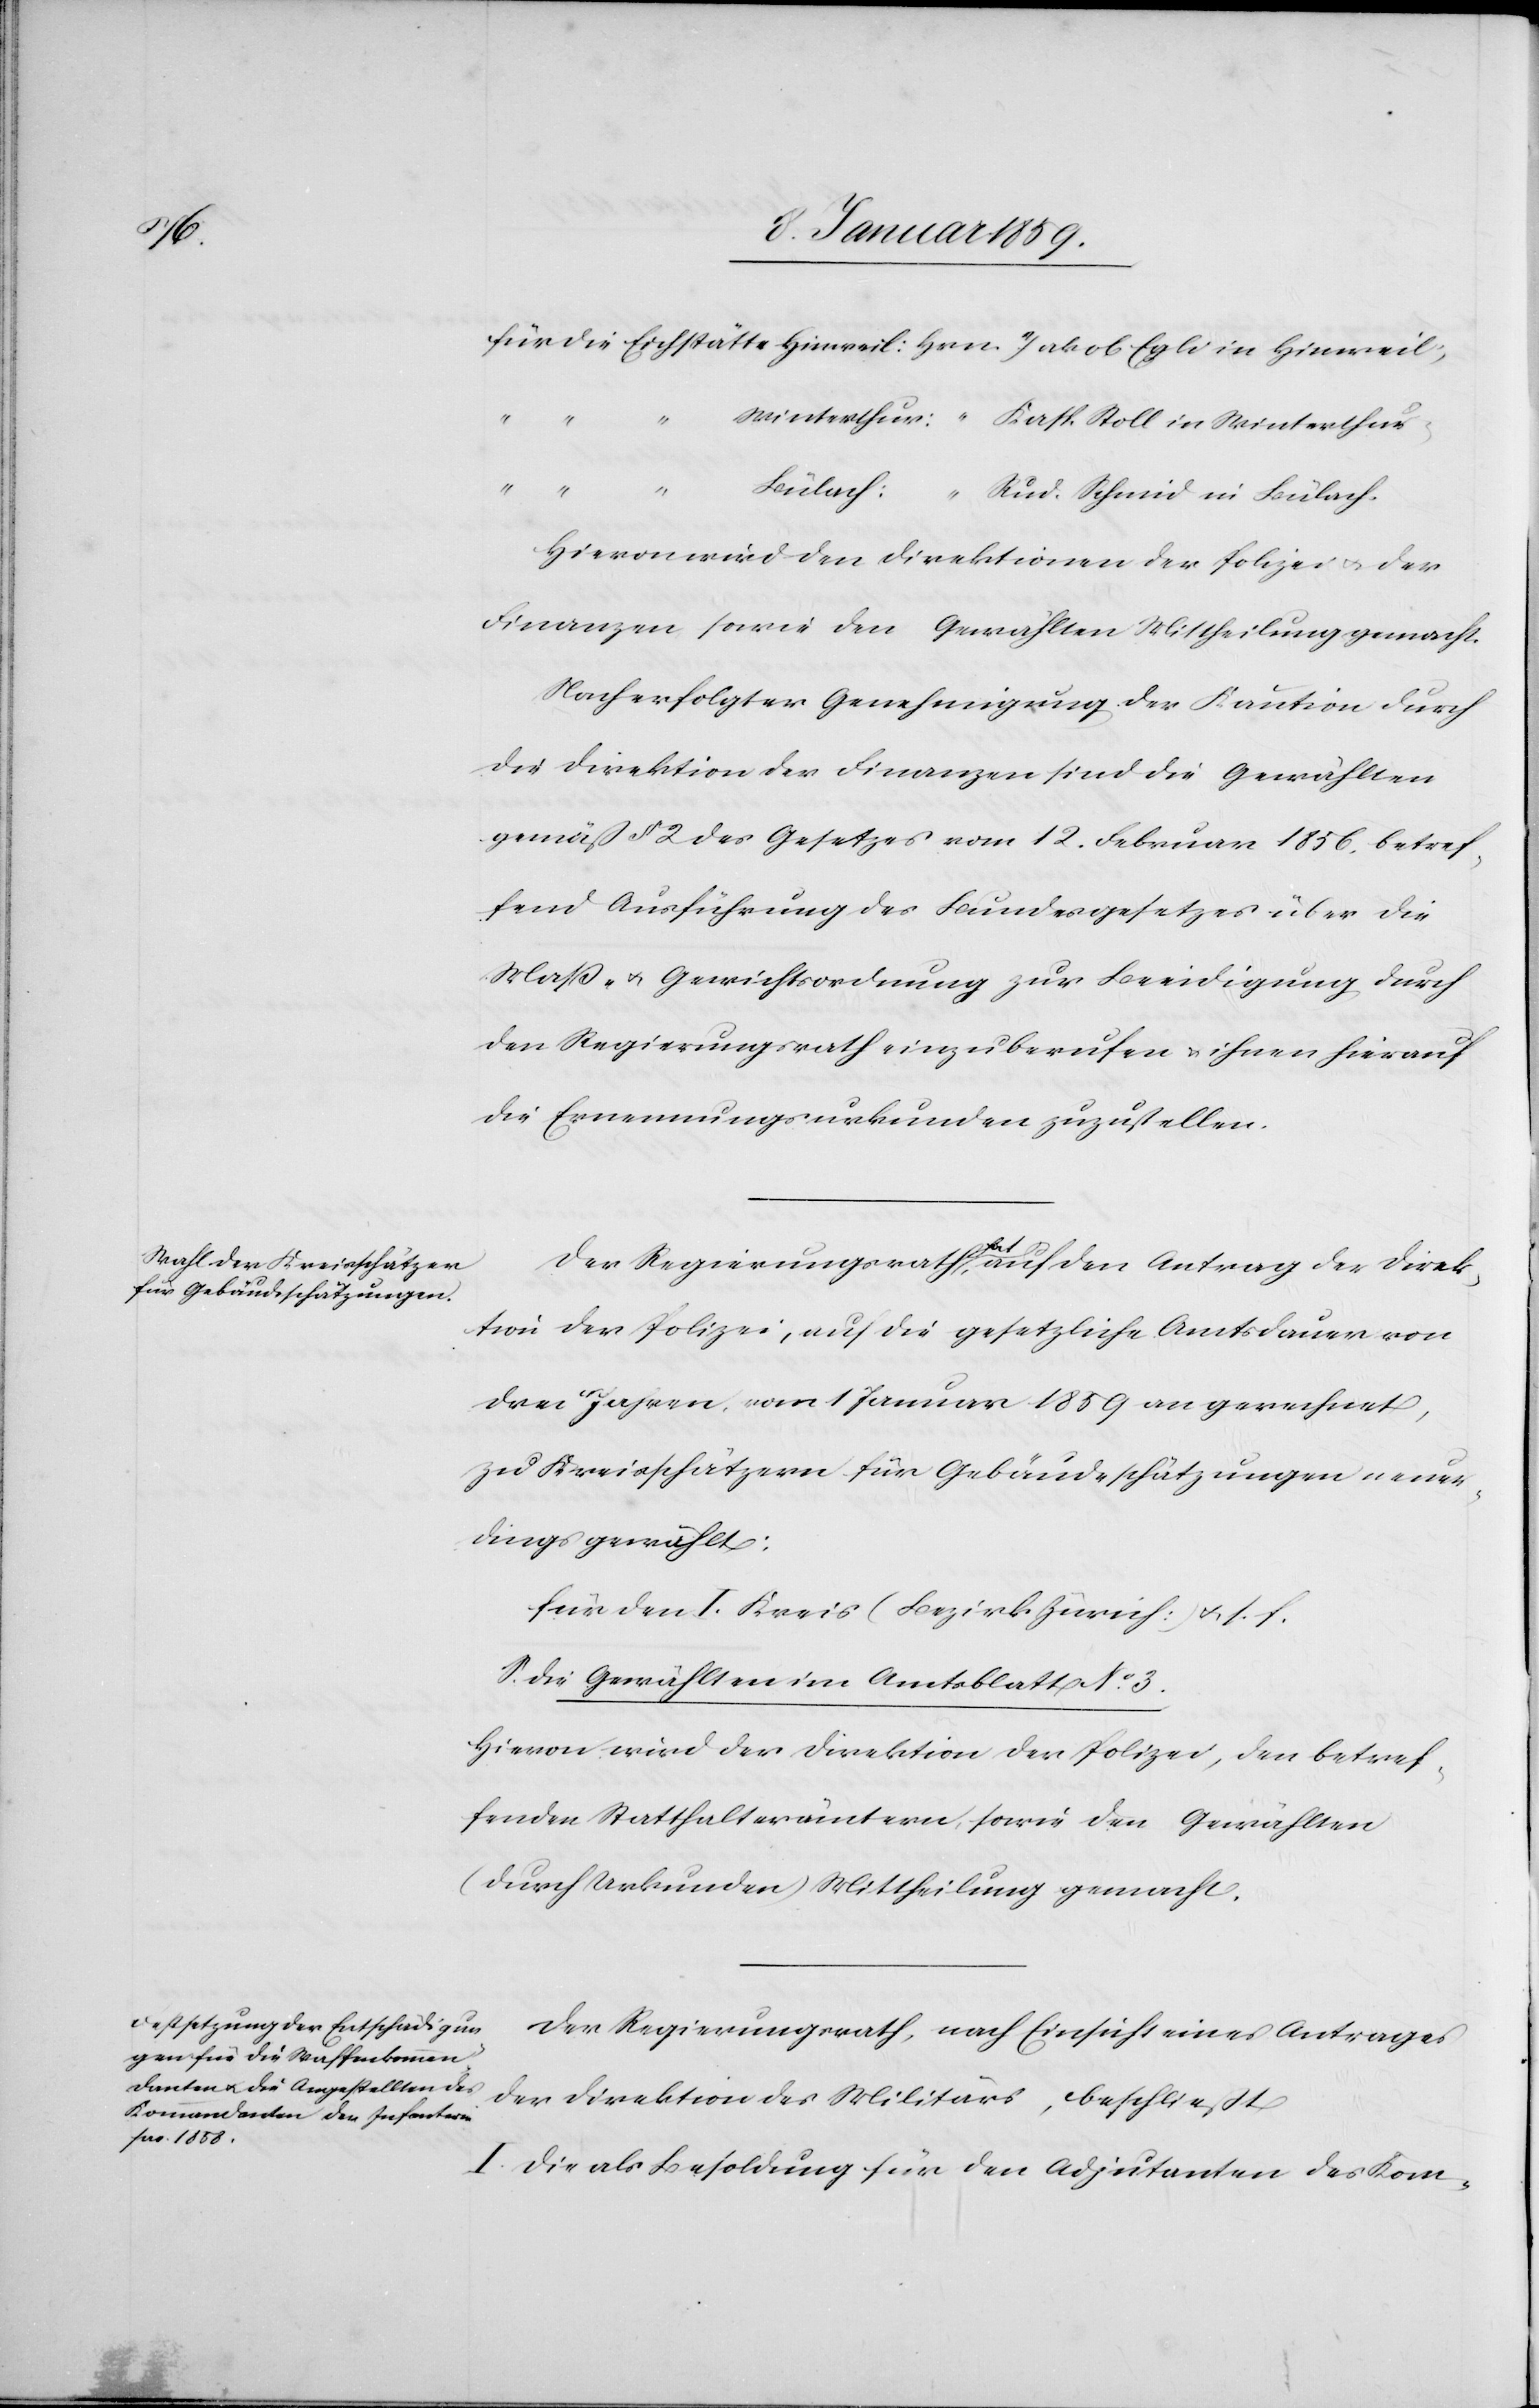
Rud.
Hievon wird den Direktionen der Polizei u. der
Finanzen sowie den Gewählten Mittheilung gemacht.
Nach erfolgter Genehmigung der Kaution durch
die Direktion der Finanzen sind die Gewählten
gemäß § 2 des Gesetzes vom 12. Februar 1856, betref¬
fend Ausführung des Bundesgesetzes über die
Maß- u. Gewichtsordnung zur Beeidigung durch
den Regierungsrath einzuberufen u. ihnen hierauf
die Ernennungsurkunden zuzustellen.
Der Regierungsrath hat auf den Antrag der Direk¬
tion der Polizei, auf die gesetzliche Amtsdauer von
drei Jahren, vom 1 Januar 1859 an gerechnet,
zu Kreisschätzern für Gebäudeschätzungen neuer¬
dings gewählt:
Für den I. Kreis (Bezirk Zürich:) u. s. f.
S. die Gewählten im Amtsblatt No. 3.
Hievon wird der Direktion der Polizei, den betref¬
fenden Statthalterämtern, sowie den Gewählten
(durch Urkunden) Mittheilung gemacht.
Der Regierungsrath, nach Einsicht eines Antrages
der Direktion des Militärs, beschließt
I. Die als Besoldung für den Adjutanten des Kom-